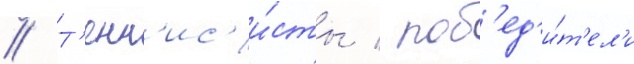
// Т'енн'ис'и́сты / поб'ед'и́т'ел'и